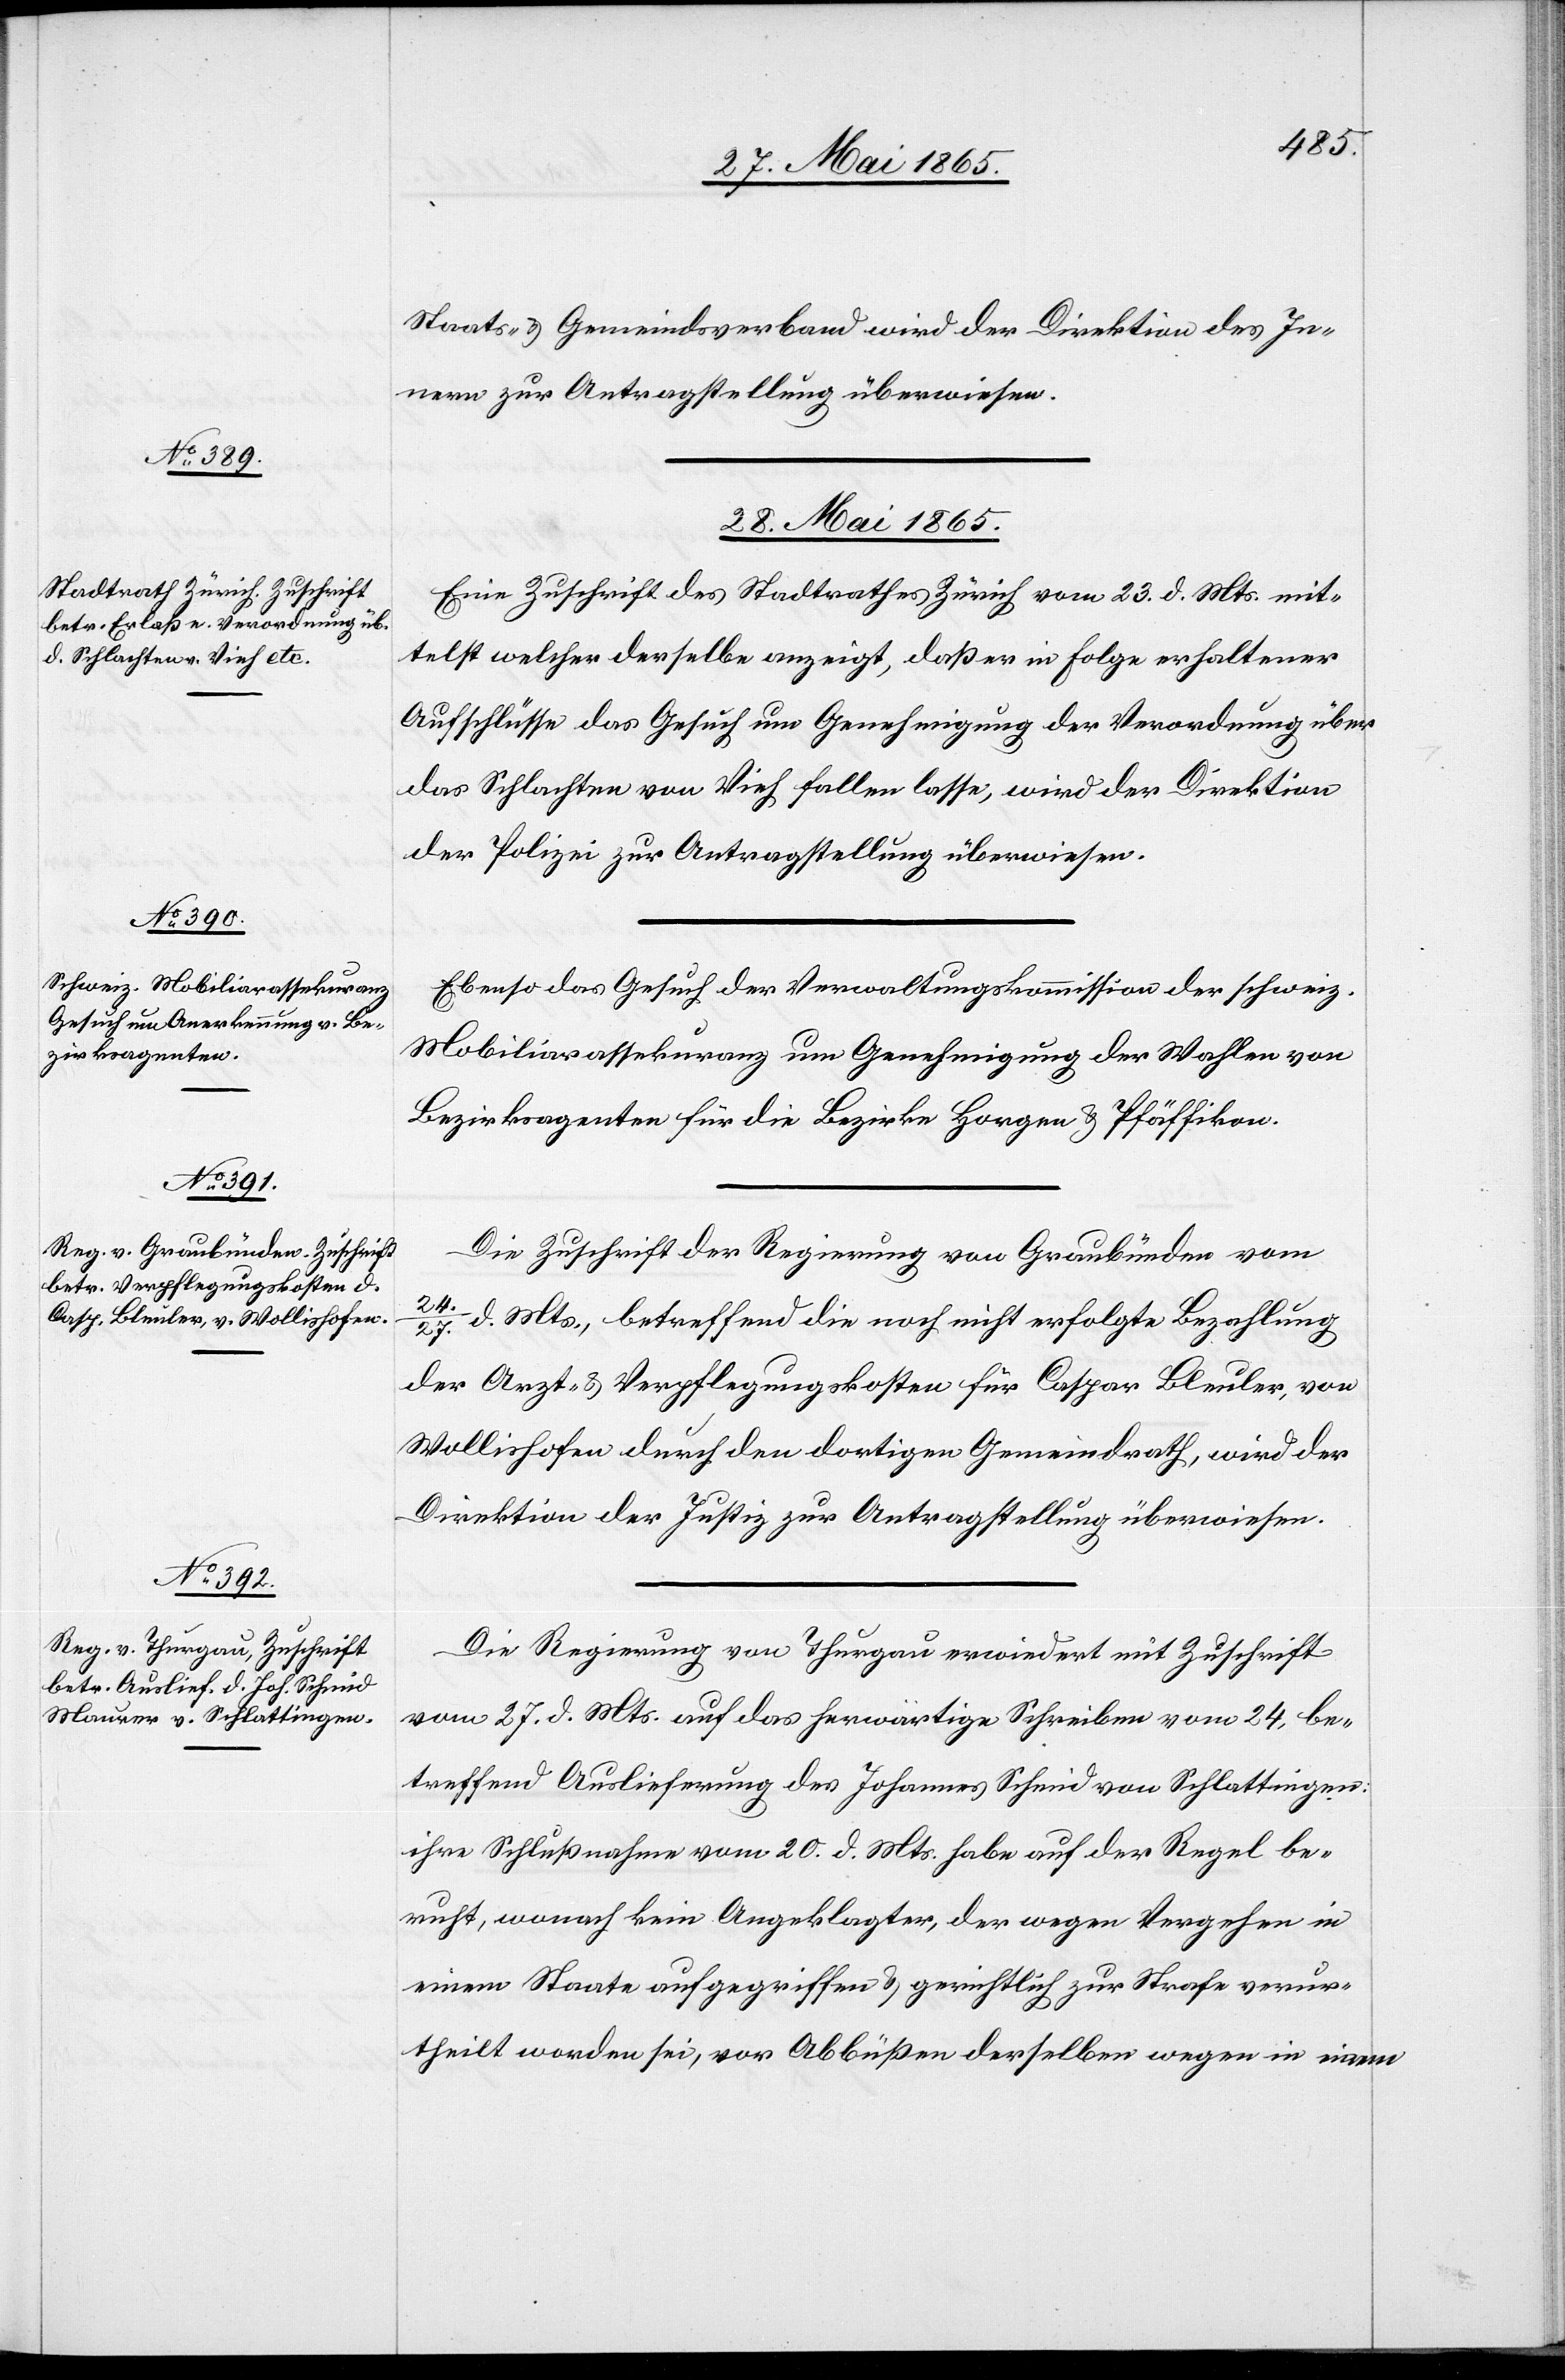
Staats- & Gemeindsverband wird der Direktion des In¬
nern zur Antragstellung überwiesen.
28. Mai 1865.]
Eine Zuschrift des Stadtrathes Zürich vom 23. d. Mts. mit¬
telst welcher derselbe anzeigt, daß er in Folge erhaltener
Aufschlüsse das Gesuch um Genehmigung der Verordnung über
das Schlachten von Vieh fallen lasse, wird der Direktion
der Polizei zur Antragstellung überwiesen.
Ebenso das Gesuch der Verwaltungskommission der schweiz.
Mobiliarassekuranz um Genehmigung der Wahlen von
Bezirksagenten für die Bezirke Horgen & Pfäffikon.
Die Zuschrift der Regierung von Graubünden vom
24./27. d. Mts., betreffend die noch nicht erfolgte Bezahlung
der Arzt- & Verpflegungskosten für Caspar Bleuler, von
Wollishofen durch den dortigen Gemeindrath, wird der
Direktion der Justiz zur Antragstellung überwiesen.
Die Regierung von Thurgau erwiedert mit Zuschrift
vom 27. d. Mts. auf das herwärtige Schreiben vom 24, be¬
treffend Auslieferung des Johannes Schmid von Schlattingen
ihre Schlußnahme vom 20. d. Mts. habe auf der Regel be¬
ruht, wonach kein Angeklagter, der wegen Vergehen in
einem Staate aufgegriffen & gerichtlich zur Strafe verur¬
theilt worden sei, vor Abbüßen derselben wegen in einem